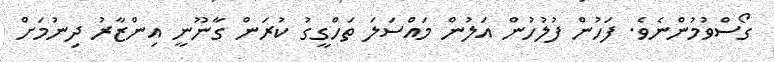
ގޯސްވުމުންނެވެ. ފަހުން ފުލުހުން އަލުން މައްސަލަ ތަހްގީގު ކުރަން ގާނޫނީ އިންޒާރު ދިނުމަށް